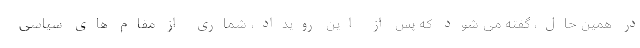
در همین حال، گفته می شود که پس از این رویداد، شماری از مقام های سیاسی